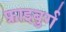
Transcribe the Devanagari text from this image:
फ्राइबुर्ग